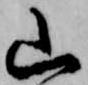
山